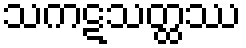
သကဋသတ္ထဿ